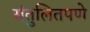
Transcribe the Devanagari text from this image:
संतुलितपणे